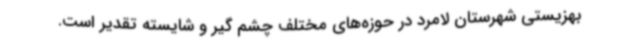
بهزیستی شهرستان لامرد در حوزه‌های مختلف چشم گیر و شایسته تقدیر است.